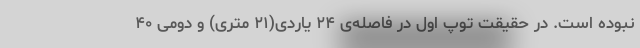
نبوده است. در حقیقت توپ اول در فاصله‌ی ۲۴ یاردی‌(۲۱ متری) و دومی ۴۰